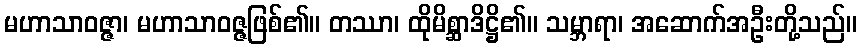
မဟာသာဝဇ္ဇာ၊ မဟာသာဝဇ္ဇဖြစ်၏။ တဿာ၊ ထိုမိစ္ဆာဒိဋ္ဌိ၏။ သမ္ဘာရာ၊ အဆောက်အဦးတို့သည်။